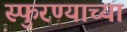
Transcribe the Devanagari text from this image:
स्फुरण्याच्या